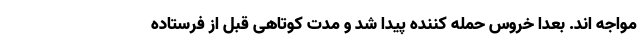
مواجه اند. بعدا خروس حمله کننده پیدا شد و مدت کوتاهی قبل از فرستاده